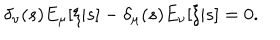
\delta _ { \nu } ( s ) E _ { \mu } [ \xi | s ] - \delta _ { \mu } ( s ) E _ { \nu } [ \xi | s ] = 0 .